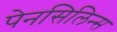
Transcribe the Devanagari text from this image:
पेनसिलिन्स